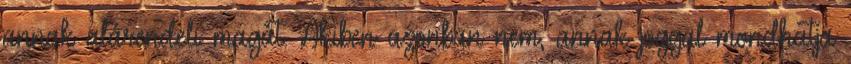
annak alárendeli magát. Akiben azonban nem, annak joggal mondhatja